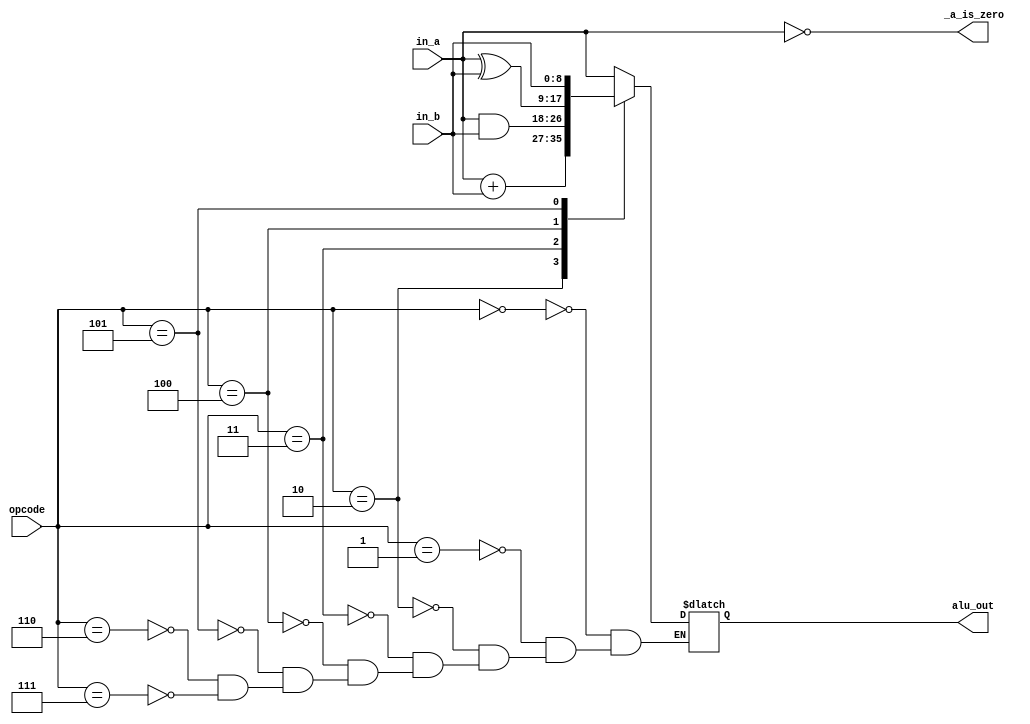
module ula#(localparam WIDTH = 8)(
    input [WIDTH:0] in_a,
                    in_b,
    input [3:0]     opcode,
    output reg [WIDTH:0] alu_out,
    output _a_is_zero
);
    assign _a_is_zero = (in_a == 0);//verification A
                               //operation 
    parameter [2:0] HLT = 3'h0,//pass A
                    SKZ = 3'h1,//pass A
                    ADD = 3'h2,//ADD A+B
                    AND = 3'h3,//AND A&B
                    XOR = 3'h4,//XOR A^B
                    LDA = 3'h5,//pass B
                    STO = 3'h6,//pass A
                    JMP = 3'h7;//pass A
    always@(*)begin
        case(opcode)
            HLT: alu_out = in_a;
            SKZ: alu_out = in_a;
            ADD: alu_out = in_a + in_b;
            AND: alu_out = in_a & in_b;
            XOR: alu_out = in_a ^ in_b;
            LDA: alu_out = in_b;
            STO: alu_out = in_a;
            JMP: alu_out = in_a;
        endcase
     end
endmodule